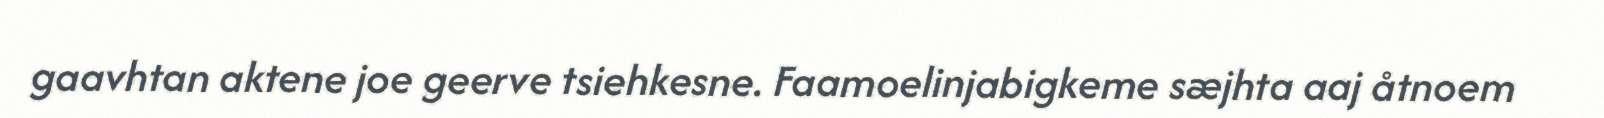
gaavhtan aktene joe geerve tsiehkesne. Faamoelinjabigkeme sæjhta aaj åtnoem